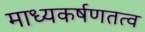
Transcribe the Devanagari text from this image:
माध्यकर्षणतत्व